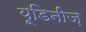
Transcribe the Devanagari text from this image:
यूडिनीज़